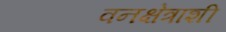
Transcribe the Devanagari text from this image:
वनक्षेत्राशी